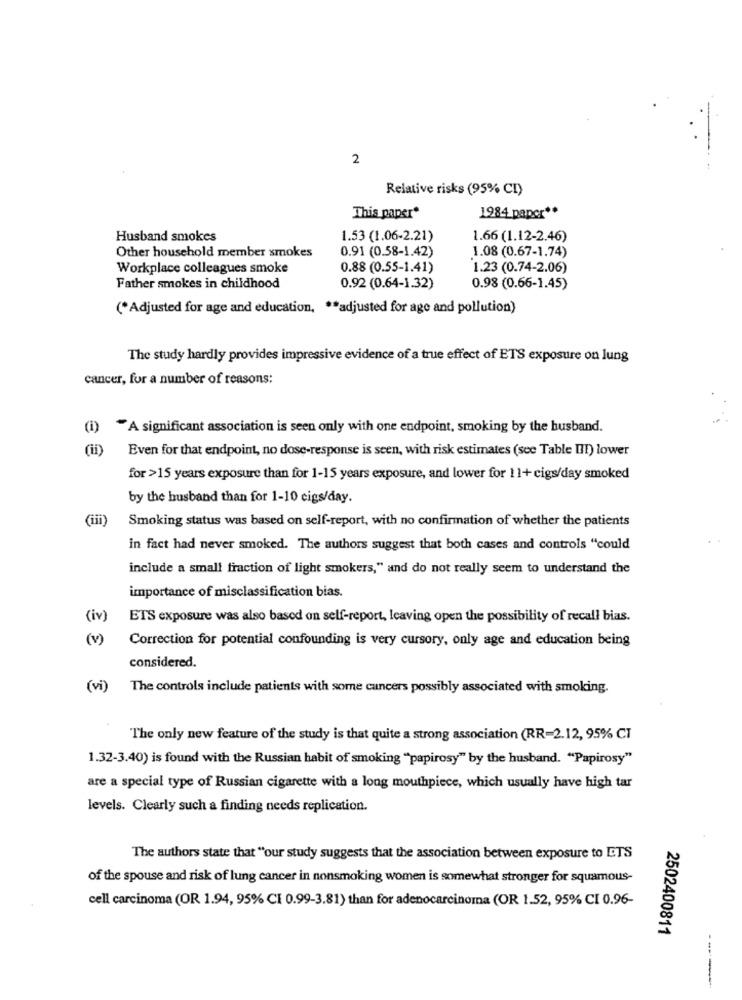
2
Relative risks (95% CI)
This paper*
1984 paper **
Husband smokes
1.53 (1.06-2.21)
1.66 (1.12-2.46)
Other household member smokes
0.91 (0.58-1.42)
1.08 (0.67-1.74)
Workplace colleagues smoke
0.88 (0.55-1.41)
1.23 (0.74-2.06)
Father smokes in childhood
0.92 (0.64-1.32)
0.98 (0.66-1.45)
(*Adjusted for age and education, ** adjusted for age and pollution)
The study hardly provides impressive evidence of a true effect of ETS exposure on lung
cancer, for a number of reasons;
(i)
"A significant association is seen only with one endpoint, smoking by the husband.
(ii)
Even for that endpoint, no dose-response is seen, with risk estimates (see Table III) lower
for >15 years exposure than for 1-15 years exposure, and lower for 11+ cigs/day smoked
by the husband than for 1-10 cigs/day.
(iii)
Smoking status was based on self-report, with no confirmation of whether the patients
in fact had never smoked. The authors suggest that both cases and controls "could
include a small fraction of light smokers," and do not really seem to understand the
importance of misclassification bias.
(iv
ETS exposure was also based on self-report, leaving open the possibility of recall bias.
(v)
Correction for potential confounding is very cursory, only age and education being
considered.
(vi)
The controls include patients with some cancers possibly associated with smoking.
The only new feature of the study is that quite a strong association (RR-2.12, 95% CI
1.32-3.40) is found with the Russian habit of smoking ""papirosy" by the husband. "Papirosy"
are a special type of Russian cigarette with a long mouthpiece, which usually have high tar
levels. Clearly such a finding needs replication.
The authors state that "our study suggests that the association between exposure to ETS
of the spouse and risk of lung cancer in nonsmoking women is somewhat stronger for squamous-
cell carcinoma (OR 1.94, 95% CI 0.99-3.81) than for adenocarcinoma (OR 1.52, 95% CI 0.96-
2502400811
--